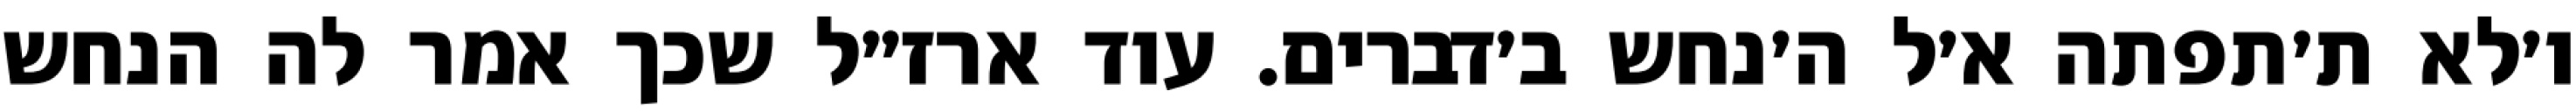
ו׳לא ת׳תפתה א׳ל ה׳נחש ב׳דברים. עוד ארז״ל שכך אמר לה הנחש